Scottish Leaving Certificate Examination, 1961
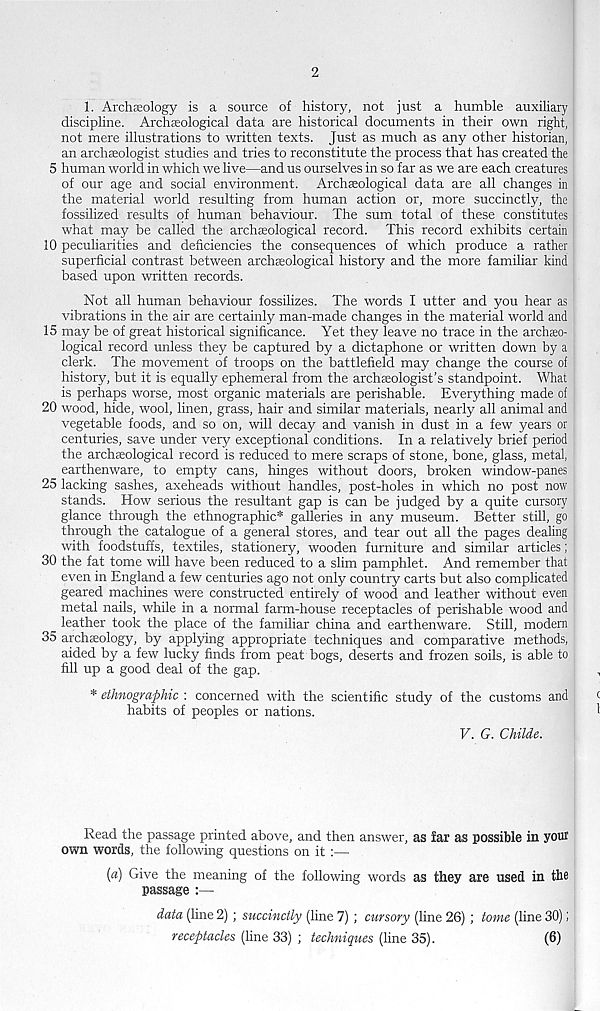
2
1. Archeology is a source of history, not just a humble auxiliary
discipline. Archeological data are historical documents in their own right,
not mere illustrations to written texts. Just as much as any other historian,
an archeologist studies and tries to reconstitute the process that has created the
5 human world in which we live—and us ourselves in so far as we are each creatures
of our age and social environment. Archeological data are all changes in
the material world resulting from human action or, more succinctly, the
fossilized results of human behaviour. The sum total of these constitutes
what may be called the archeological record. This record exhibits certain
10 peculiarities and deficiencies the consequences of which produce a rather
superficial contrast between archeological history and the more familiar kind
based upon written records.
Not all human behaviour fossilizes. The words I utter and you hear as
vibrations in the air are certainly man-made changes in the material world and
15 may be of great historical significance. Yet they leave no trace in the archeo-
logical record unless they be captured by a dictaphone or written down by a
clerk. The movement of troops on the battlefield may change the course of
history, but it is equally ephemeral from the archseologist’s standpoint. What
is perhaps worse, most organic materials are perishable. Everything made of
20 wood, hide, wool, linen, grass, hair and similar materials, nearly all animal and
vegetable foods, and so on, will decay and vanish in dust in a few years or
centuries, save under very exceptional conditions. In a relatively brief period
the archseological record is reduced to mere scraps of stone, bone, glass, metal,
earthenware, to empty cans, hinges without doors, broken window-panes
25 lacking sashes, axeheads without handles, post-holes in which no post now
stands. How serious the resultant gap is can be judged by a quite cursory
glance through the ethnographic* galleries in any museum. Better still, go
through the catalogue of a general stores, and tear out all the pages dealing
with foodstuffs, textiles, stationery, wooden furniture and similar articles;
30 the fat tome will have been reduced to a slim pamphlet. And remember that
even in England a few centuries ago not only country carts but also complicated
geared machines were constructed entirely of wood and leather without even
metal nails, while in a normal farm-house receptacles of perishable wood and
leather took the place of the familiar china and earthenware. Still, modern
35 archaeology, by applying appropriate techniques and comparative methods,
aided by a few lucky finds from peat bogs, deserts and frozen soils, is able to
fill up a good deal of the gap.
* ethnographic : concerned with the scientific study of the customs and
habits of peoples or nations.
V. G. Childe.
Read the passage printed above, and then answer, as far as possible in yout
own words, the following questions on it :—
(«) Give the meaning of the following words as they are used in the
passage :—
data (line 2) ; succinctly (line 7) ; cursory (line 26) ; tome (line 30);
receptacles (line 33) ; techniques (line 35).
(6)